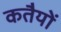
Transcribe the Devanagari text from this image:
कतैयों